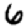
Digit: 6